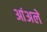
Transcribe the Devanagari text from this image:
आंअले